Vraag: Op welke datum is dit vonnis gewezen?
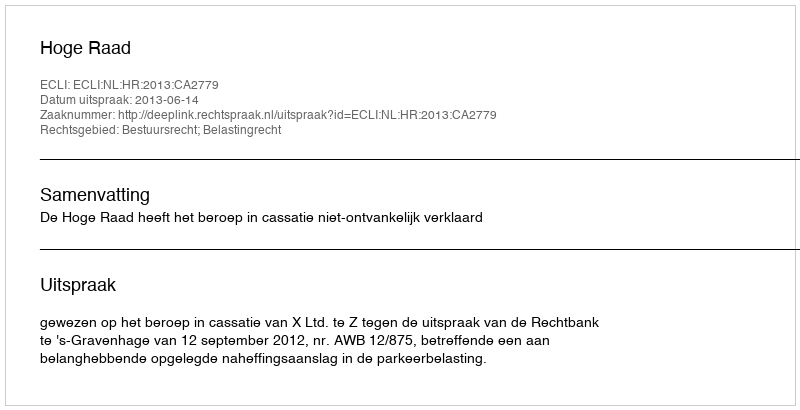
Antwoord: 2013-06-14